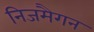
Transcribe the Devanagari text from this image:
निजमैगन